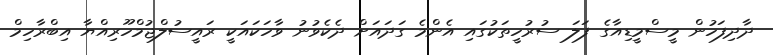
ދާދިފަހުން މީސްމީޑިއާގެ ފަލަ ސުރުހީތަކުގައި އެންމެ ގަދައަށް ދެކެވުނު ވާހަކައަކީ ރައީސުލްޖުމްހޫރިއްޔާ އިބްރާހިމް